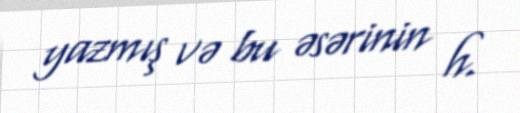
yazmış və bu əsərinin h.